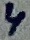
Text: 4